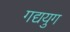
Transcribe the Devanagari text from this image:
गद्ययुग